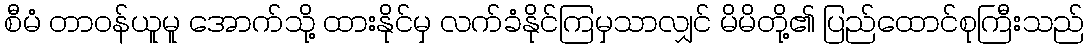
စီမံ တာဝန်ယူမူ အောက်သို့ ထားနိုင်မှ လက်ခံနိုင်ကြမှသာလျှင် မိမိတို့၏ ပြည်ထောင်စုကြီးသည်